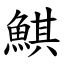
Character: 鯕